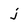
Character: j